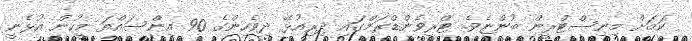
ކަމަށް މިނިސްޓްރީން ބުންޏެވެ. ޓްރިވެންޑްރަމްގައި ދިރިއުޅޭ ދިވެހިންގެ 90 އިންސައްތަ މީހުން އުޅެނީ